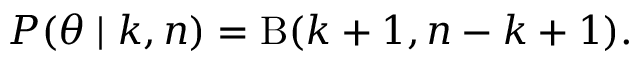
P ( \theta \mid k , n ) = \mathrm { \mathrm { B } } ( k + 1 , n - k + 1 ) .